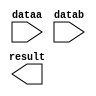
module adder (
	dataa,
	datab,
	result);

	input	[15:0]  dataa;
	input	[15:0]  datab;
	output	[15:0]  result;

endmodule